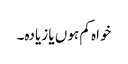
خواہ کم ہوں یا زیادہ۔